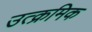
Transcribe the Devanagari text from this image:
उत्क्रमिक